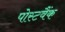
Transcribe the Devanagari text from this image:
पोस्टवैंक